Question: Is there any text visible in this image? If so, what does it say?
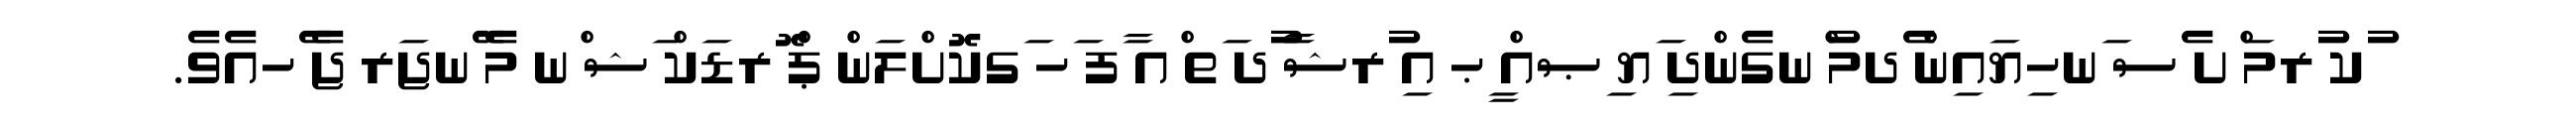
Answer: ުކ ުރމަ ްށ ެސ ަނހިޔައިން ެދމު ްނގެންދި ަޔ ިޞއް ީޙ އި ުރޝާ ުދ ަތ ްއ ާފ ަހ ަގކޮށްލަން ޕް ޮރޑަކް ަޝ ްނ މެ ޭނޖަރ ޖެ ެހއެވެ.